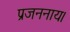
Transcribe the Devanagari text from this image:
प्रजननाय।